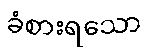
ခံစားရသော